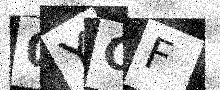
Text: 0YOF